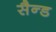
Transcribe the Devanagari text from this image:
सैन्ड